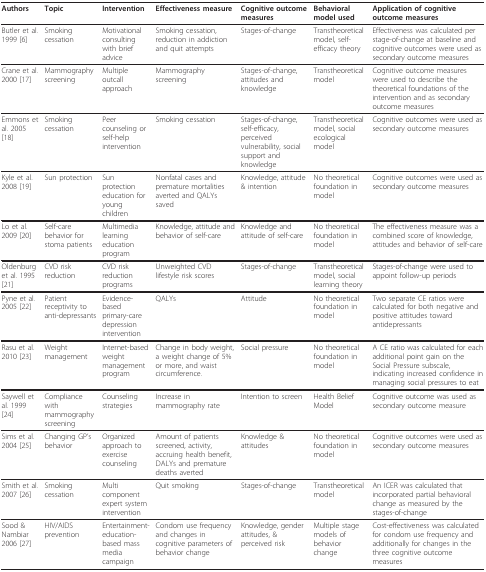
<table><thead><tr><td><b>Authors</b></td><td><b>Topic</b></td><td><b>Intervention</b></td><td><b>Effectiveness measure</b></td><td><b>Cognitive outcome measures</b></td><td><b>Behavioral model used</b></td><td><b>Application of cognitive outcome measures</b></td></tr></thead><tbody><tr><td>Butler et al. 1999 [6]</td><td>Smoking cessation</td><td>Motivational consulting with brief advice</td><td>Smoking cessation, reduction in addiction and quit attempts</td><td>Stages-of-change</td><td>Transtheoretical model, self-efficacy theory</td><td>Effectiveness was calculated per stage-of-change at baseline and cognitive outcomes were used as secondary outcome measures</td></tr><tr><td>Crane et al. 2000 [17]</td><td>Mammography screening</td><td>Multiple outcall approach</td><td>Mammography screening</td><td>Stages-of-change, attitudes and knowledge</td><td>Transtheoretical model</td><td>Cognitive outcome measures were used to describe the theoretical foundations of the intervention and as secondary outcome measures</td></tr><tr><td>Emmons et al. 2005 [18]</td><td>Smoking cessation</td><td>Peer counseling or self-help intervention</td><td>Smoking cessation</td><td>Stages-of-change, self-efficacy, perceived vulnerability, social support and knowledge</td><td>Transtheoretical model, social ecological model</td><td>Cognitive outcomes were used as secondary outcome measures</td></tr><tr><td>Kyle et al. 2008 [19]</td><td>Sun protection</td><td>Sun protection education for young children</td><td>Nonfatal cases and premature mortalities averted and QALYs saved</td><td>Knowledge, attitude &amp; intention</td><td>No theoretical foundation in model</td><td>Cognitive outcomes were used as secondary outcome measures</td></tr><tr><td>Lo et al. 2009 [20]</td><td>Self-care behavior for stoma patients</td><td>Multimedia learning education program</td><td>Knowledge, attitude and behavior of self-care</td><td>Knowledge and attitude of self-care</td><td>No theoretical foundation in model</td><td>The effectiveness measure was a combined score of knowledge, attitudes and behavior of self-care</td></tr><tr><td>Oldenburg et al. 1995 [21]</td><td>CVD risk reduction</td><td>CVD risk reduction programs</td><td>Unweighted CVD lifestyle risk scores</td><td>Stages-of-change</td><td>Transtheoretical model, social learning theory</td><td>Stages-of-change were used to appoint follow-up periods</td></tr><tr><td>Pyne et al. 2005 [22]</td><td>Patient receptivity to anti-depressants</td><td>Evidence-based primary-care depression intervention</td><td>QALYs</td><td>Attitude</td><td>No theoretical foundation in model</td><td>Two separate CE ratios were calculated for both negative and positive attitudes toward antidepressants</td></tr><tr><td>Rasu et al. 2010 [23]</td><td>Weight management</td><td>Internet-based weight management program</td><td>Change in body weight, a weight change of 5% or more, and waist circumference.</td><td>Social pressure</td><td>No theoretical foundation in model</td><td>A CE ratio was calculated for each additional point gain on the Social Pressure subscale, indicating increased confidence in managing social pressures to eat</td></tr><tr><td>Saywell et al. 1999 [24]</td><td>Compliance with mammographyscreening</td><td>Counseling strategies</td><td>Increase in mammography rate</td><td>Intention to screen</td><td>Health Belief Model</td><td>Cognitive outcome was used as secondary outcome measure</td></tr><tr><td>Sims et al. 2004 [25]</td><td>Changing GP&#x27;s behavior</td><td>Organized approach to exercise counseling</td><td>Amount of patients screened, activity, accruing health benefit, DALYs and premature deaths averted</td><td>Knowledge &amp; attitudes</td><td>No theoretical foundation in model</td><td>Cognitive outcomes were used as secondary outcome measures</td></tr><tr><td>Smith et al. 2007 [26]</td><td>Smoking cessation</td><td>Multi component expert system intervention</td><td>Quit smoking</td><td>Stages-of-change</td><td>Transtheoretical model</td><td>An ICER was calculated that incorporated partial behavioral change as measured by the stages-of-change</td></tr><tr><td>Sood &amp; Nambiar 2006 [27]</td><td>HIV/AIDS prevention</td><td>Entertainment-education-based mass media campaign</td><td>Condom use frequency and changes in cognitive parameters of behavior change</td><td>Knowledge, gender attitudes, &amp; perceived risk</td><td>Multiple stage models of behavior change</td><td>Cost-effectiveness was calculated for condom use frequency and additionally for changes in the three cognitive outcome measures</td></tr></tbody></table>